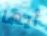
أيها